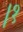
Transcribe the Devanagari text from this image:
।१